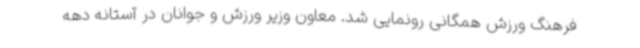
فرهنگ ورزش همگانی رونمایی شد. معاون وزیر ورزش و جوانان در آستانه دهه